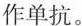
作单抗。